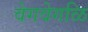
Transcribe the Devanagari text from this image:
वेगवेगळि